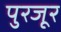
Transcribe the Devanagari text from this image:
पुरजूर